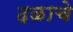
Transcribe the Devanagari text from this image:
दळाचे